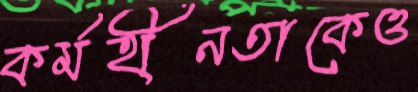
কর্মহীনতাকেও